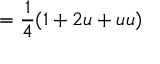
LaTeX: = { \frac { 1 } { 4 } } ( 1 + 2 u + u u )